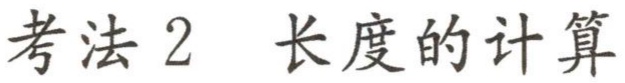
考法 2  长度的计算